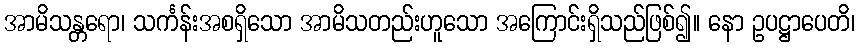
အာမိသန္တရော၊ သင်္ကန်းအစရှိသော အာမိသတည်းဟူသော အကြောင်းရှိသည်ဖြစ်၍။ နော ဥပဋ္ဌာပေတိ၊